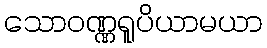
သောဝဏ္ဏရူပိယာမယာ